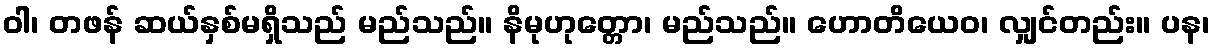
ဝါ၊ တဖန် ဆယ်နှစ်မရှိသည် မည်သည်။ နိမုဟုတ္တော၊ မည်သည်။ ဟောတိယေဝ၊ လျှင်တည်း။ ပန၊